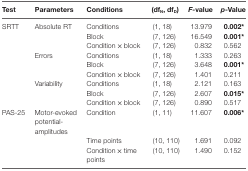
| Test | Parameters | Conditions | (dfN, dfD) | F-value | p-Value |
 | --- | --- | --- | --- | --- | --- |
 | SRTT | Absolute RT | Conditions | (1, 18) | 13.979 | 0.002* |
 |  |  | Block | (7, 126) | 16.549 | 0.001* |
 |  |  | Condition × block | (7, 126) | 0.832 | 0.562 |
 |  | Errors | Conditions | (1, 18) | 1.333 | 0.263 |
 |  |  | Block | (7, 126) | 3.648 | 0.001* |
 |  |  | Condition × block | (7, 126) | 1.401 | 0.211 |
 |  | Variability | Conditions | (1, 18) | 2.121 | 0.163 |
 |  |  | Block | (7, 126) | 2.607 | 0.015* |
 |  |  | Condition × block | (7, 126) | 0.890 | 0.517 |
 | PAS-25 | Motor-evoked potential-amplitudes | Condition | (1, 11) | 11.607 | 0.006* |
 |  |  | Time points | (10, 110) | 1.691 | 0.092 |
 |  |  | Condition × time points | (10, 110) | 1.490 | 0.152 |